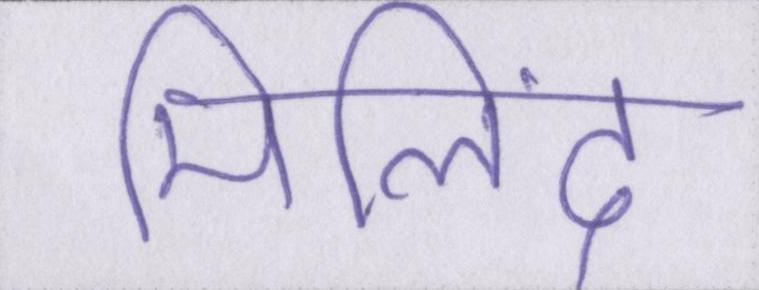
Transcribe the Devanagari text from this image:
मिलिंद